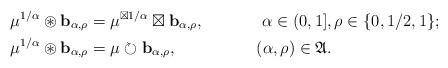
LaTeX: \begin{align*} & \mu^{1/\alpha}\circledast\mathbf{b}_{\alpha,\rho} =\mu^{\boxtimes 1/\alpha}\boxtimes\mathbf{b}_{\alpha,\rho}, &\alpha\in(0,1]&, \rho \in \{0,1/2,1\}; \\& \mu^{1/\alpha}\circledast\mathbf{b}_{\alpha,\rho} =\mu \circlearrowright \mathbf{b}_{\alpha,\rho}, &(\alpha,\rho)\in\mathfrak{A}&. \end{align*}